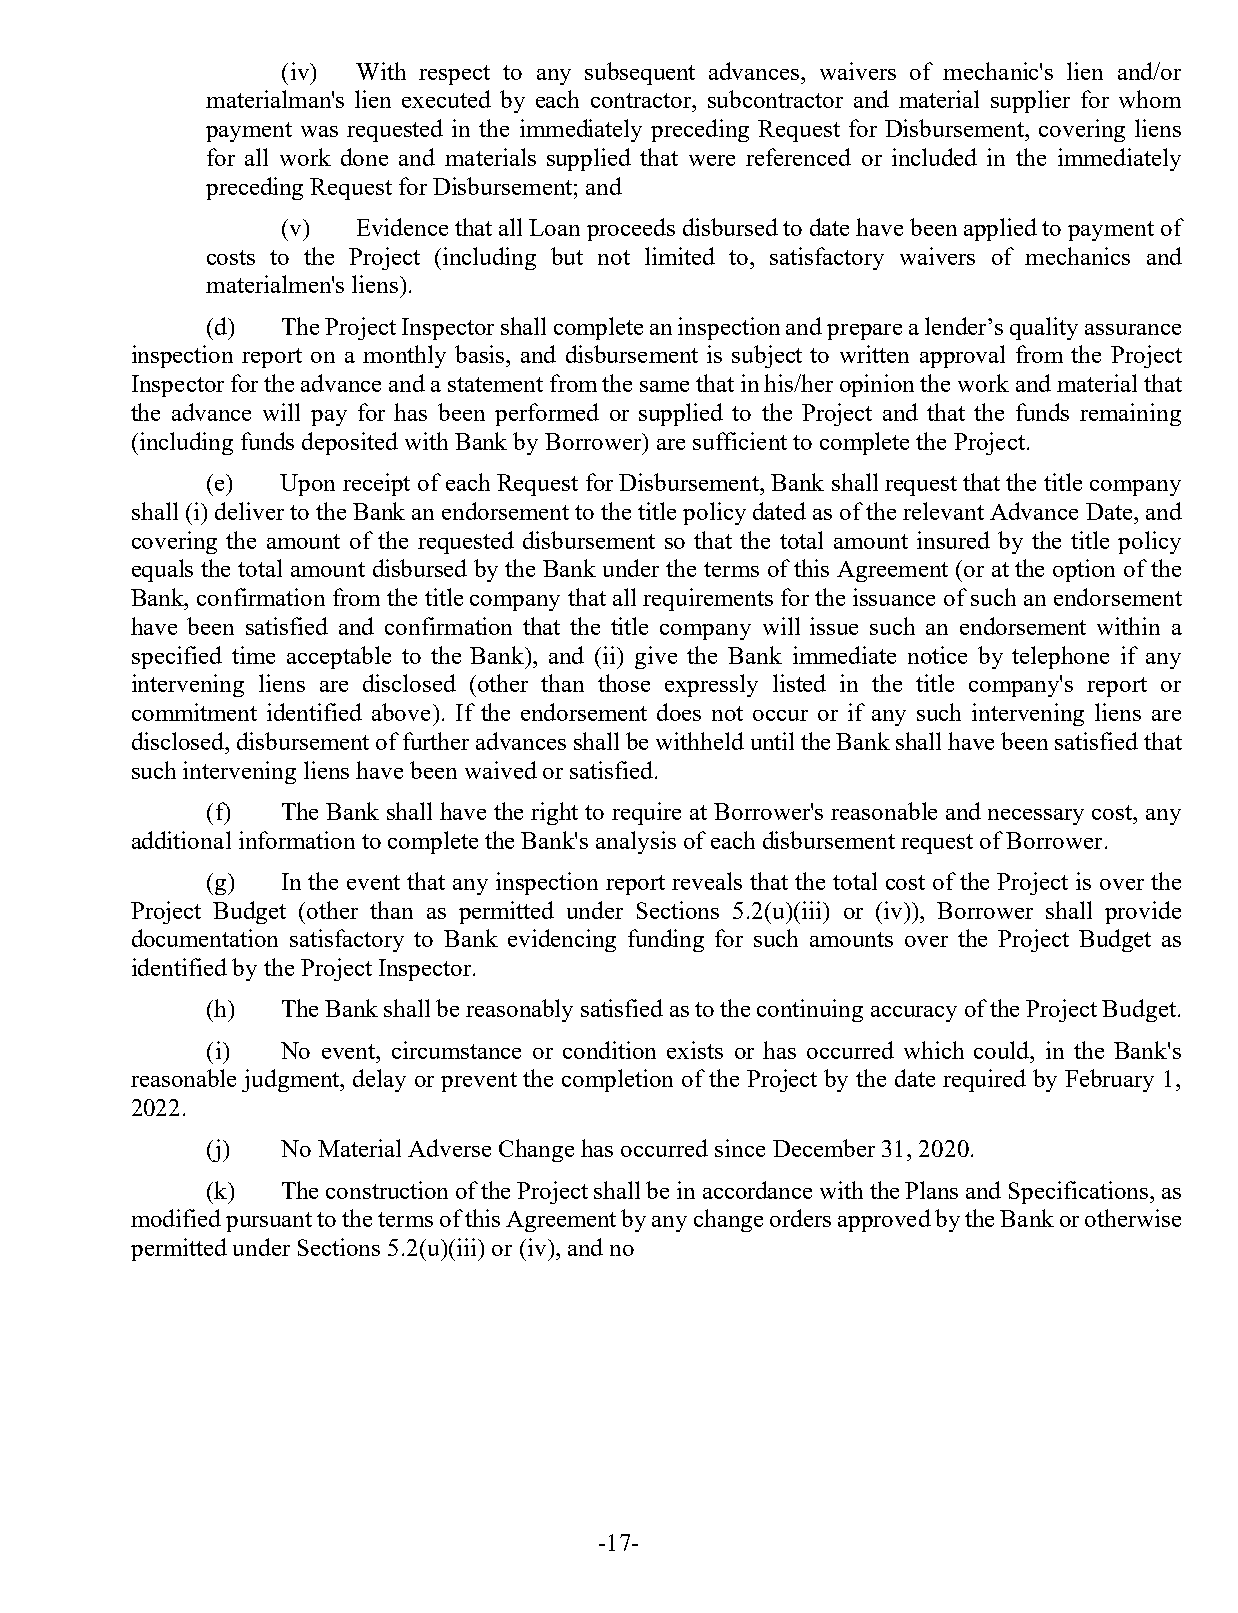
(iv) With respect to any subsequent advances, waivers of mechanic's lien and/or
 materialman's lien executed by each contractor, subcontractor and material supplier for whom
 payment was requested in the immediately preceding Request for Disbursement, covering liens
 for all work done and materials supplied that were referenced or included in the immediately
 preceding Request for Disbursement; and
 (v)  Evidence that all Loan proceeds disbursed to date have been applied to payment of
 costs to the Project (including but not limited to, satisfactory waivers of mechanics and
 materialmen's liens).
 (d)  The Project Inspector shall complete an inspection and prepare a lender’s quality assurance
 inspection report on a monthly basis, and disbursement is subject to written approval from the Project
 Inspector for the advance and a statement from the same that in his/her opinion the work and material that
 the advance will pay for has been performed or supplied to the Project and that the funds remaining
 (including funds deposited with Bank by Borrower) are sufficient to complete the Project.
 (e)  Upon receipt of each Request for Disbursement, Bank shall request that the title company
 shall (i) deliver to the Bank an endorsement to the title policy dated as of the relevant Advance Date, and
 covering the amount of the requested disbursement so that the total amount insured by the title policy
 equals the total amount disbursed by the Bank under the terms of this Agreement (or at the option of the
 Bank, confirmation from the title company that all requirements for the issuance of such an endorsement
 have been satisfied and confirmation that the title company will issue such an endorsement within a
 specified time acceptable to the Bank), and (ii) give the Bank immediate notice by telephone if any
 intervening liens are disclosed (other than those expressly listed in the title company's report or
 commitment identified above). If the endorsement does not occur or if any such intervening liens are
 disclosed, disbursement of further advances shall be withheld until the Bank shall have been satisfied that
 such intervening liens have been waived or satisfied.
 (f)  The Bank shall have the right to require at Borrower's reasonable and necessary cost, any
 additional information to complete the Bank's analysis of each disbursement request of Borrower.
 (g)  In the event that any inspection report reveals that the total cost of the Project is over the
 Project Budget (other than as permitted under Sections 5.2(u)(iii) or (iv)), Borrower shall provide
 documentation satisfactory to Bank evidencing funding for such amounts over the Project Budget as
 identified by the Project Inspector.
 (h)  The Bank shall be reasonably satisfied as to the continuing accuracy of the Project Budget.
 (i)  No event, circumstance or condition exists or has occurred which could, in the Bank's
 reasonable judgment, delay or prevent the completion of the Project by the date required by February 1,
 2022.
 (j)  No Material Adverse Change has occurred since December 31, 2020.
 (k)  The construction of the Project shall be in accordance with the Plans and Specifications, as
 modified pursuant to the terms of this Agreement by any change orders approved by the Bank or otherwise
 permitted under Sections 5.2(u)(iii) or (iv), and no
 -17-